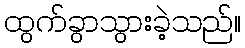
ထွက်ခွာသွားခဲ့သည်။